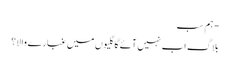
- ہم سب
بلاگ اب نہیں آئے گا گلیوں میں غبارے والا؟